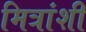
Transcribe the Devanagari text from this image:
मित्रांशी